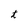
Character: t